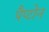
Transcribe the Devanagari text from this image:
पैप्टोन